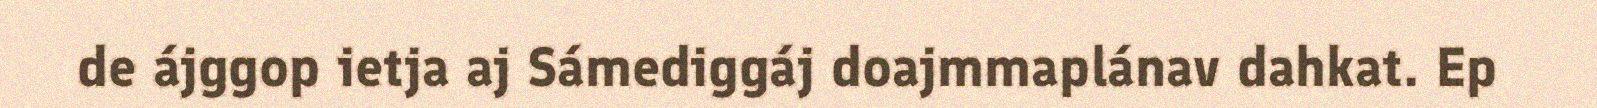
de ájggop ietja aj Sámediggáj doajmmaplánav dahkat. Ep